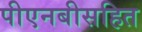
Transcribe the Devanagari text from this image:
पीएनबीसहित